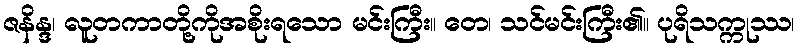
ဇနိန္ဒ၊ လူတကာတို့ကိုအစိုးရသော မင်းကြီး။ တေ၊ သင်မင်းကြီး၏။ ပုရိသက္ကုဿ၊